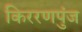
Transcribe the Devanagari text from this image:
किररणपुंज